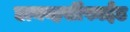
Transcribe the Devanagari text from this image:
डायव्हर्सीफाईड